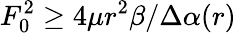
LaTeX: F_{0}^{2}\geq 4\mu r^{2}\beta/\Delta\alpha(r)